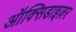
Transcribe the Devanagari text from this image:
ऑक्सिडाइज़र